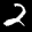
Label: 2